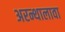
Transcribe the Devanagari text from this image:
अरन्थालावा